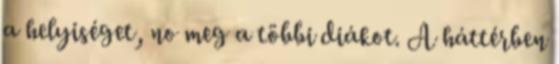
a helyiséget, no meg a többi diákot. A háttérben